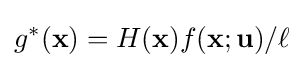
g^{*}(\mathbf {x} )=H(\mathbf {x} )f(\mathbf {x} ;\mathbf {u} )/\ell